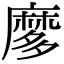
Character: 𪎠